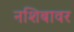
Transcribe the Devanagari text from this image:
नशिबावर